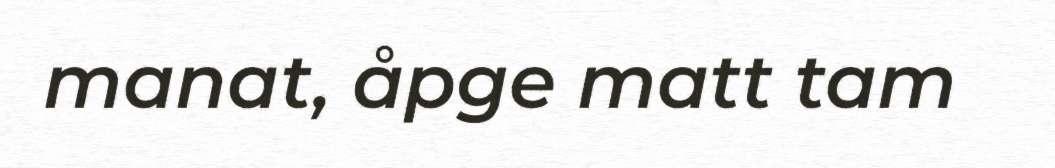
manat, åpge matt tam